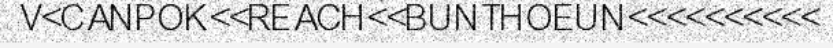
V<CANPOK<<REACH<<BUNTHOEUN<<<<<<<<<<